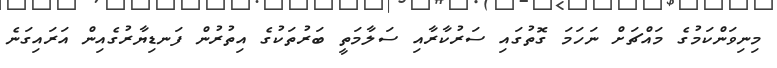
މިނިވަންކަމުގެ މައްޗަށް ނަހަމަ ގޮތުގައި ސަރުކާރާއި ސަލާމަތީ ބަރުތަކުގެ އިތުރުން ފަނޑިޔާރުގެއިން އަރައިގަނެ